Civil Veterinary Dept. Assam report 1927-50 - 1927-1950
Year: 1927
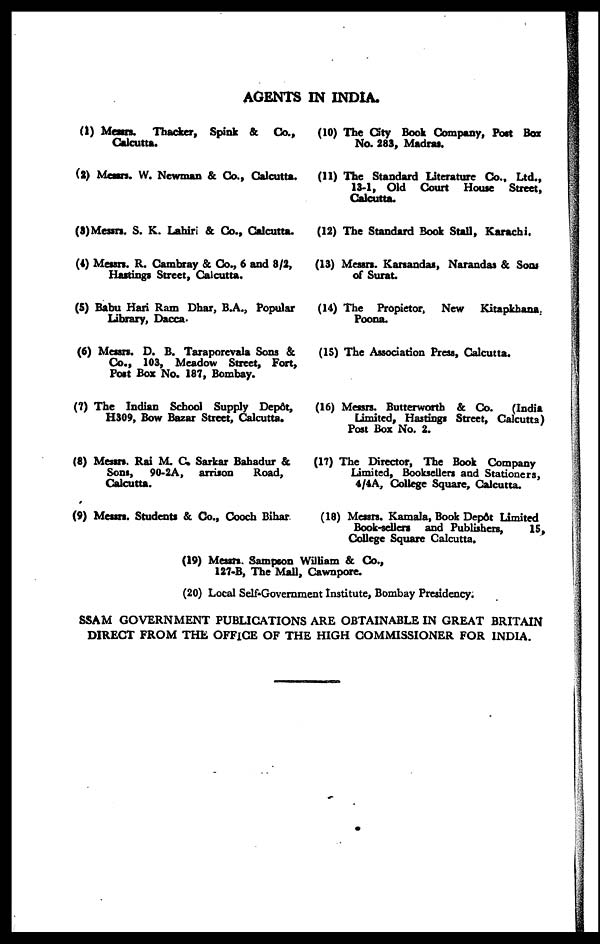
AGENTS IN INDIA.
(1) Messrs. Thacker, Spink & Co.,
Calcutta.
(2) Messrs. W. Newman & Co., Calcutta.
(3) Messrs. S. K. Lahiri & Co., Calcutta.
(4) Messrs. R. Cambray & Co., 6 and 8/2,
Hastings Street, Calcutta.
(5) Babu Hari Ram Dhar, B.A., Popular
Library, Dacca.
(6) Messrs. D. B. Taraporevala Sons &
Co., 103, Meadow Street, Fort,
Post Box No. 187, Bombay.
(7) The Indian School Supply Depôt,
H309, Bow Bazar Street, Calcutta.
(8) Messrs. Rai M. C. Sarkar Bahadur &
Sons, 90-2A, arrison
Road,
Calcutta.
(9) Messrs. Students & Co., Cooch Bihar
(10) The City Book Company, Post Box
No. 283, Madras.
(11) The Standard Literature Co., Ltd.,
13-1, Old Court House Street,
Calcutta.
(12) The Standard Book Stall, Karachi.
(13) Messrs. Karsandas, Narandas & Sow
of Surat.
(14) The Propietor, New Kitapkhana.
Poona.
(15) The Association Press, Calcutta.
(16) Messrs. Butterworth & Co.
(India
Limited, Hastings Street, Calcutta)
Post Box No. 2.
(17) The Director, The Book Company
Limited, Booksellers and Stationers,
4/4A, College Square, Calcutta.
(18) Messrs. Kamala, Book Depôt Limited
Book-sellers and Publishers,
15,
College Square Calcutta.
(19) Messrs. Sampson William & Co.,
127-B, The Mall, Cawnpore.
(20) Local Self-Government Institute, Bombay Presidency.
ASSAM GOVERNMENT PUBLICATIONS ARE OBTAINABLE IN GREAT BRITAIN
DIRECT FROM THE OFFICE OF THE HIGH COMMISSIONER FOR INDIA.